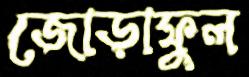
জোড়াফুল